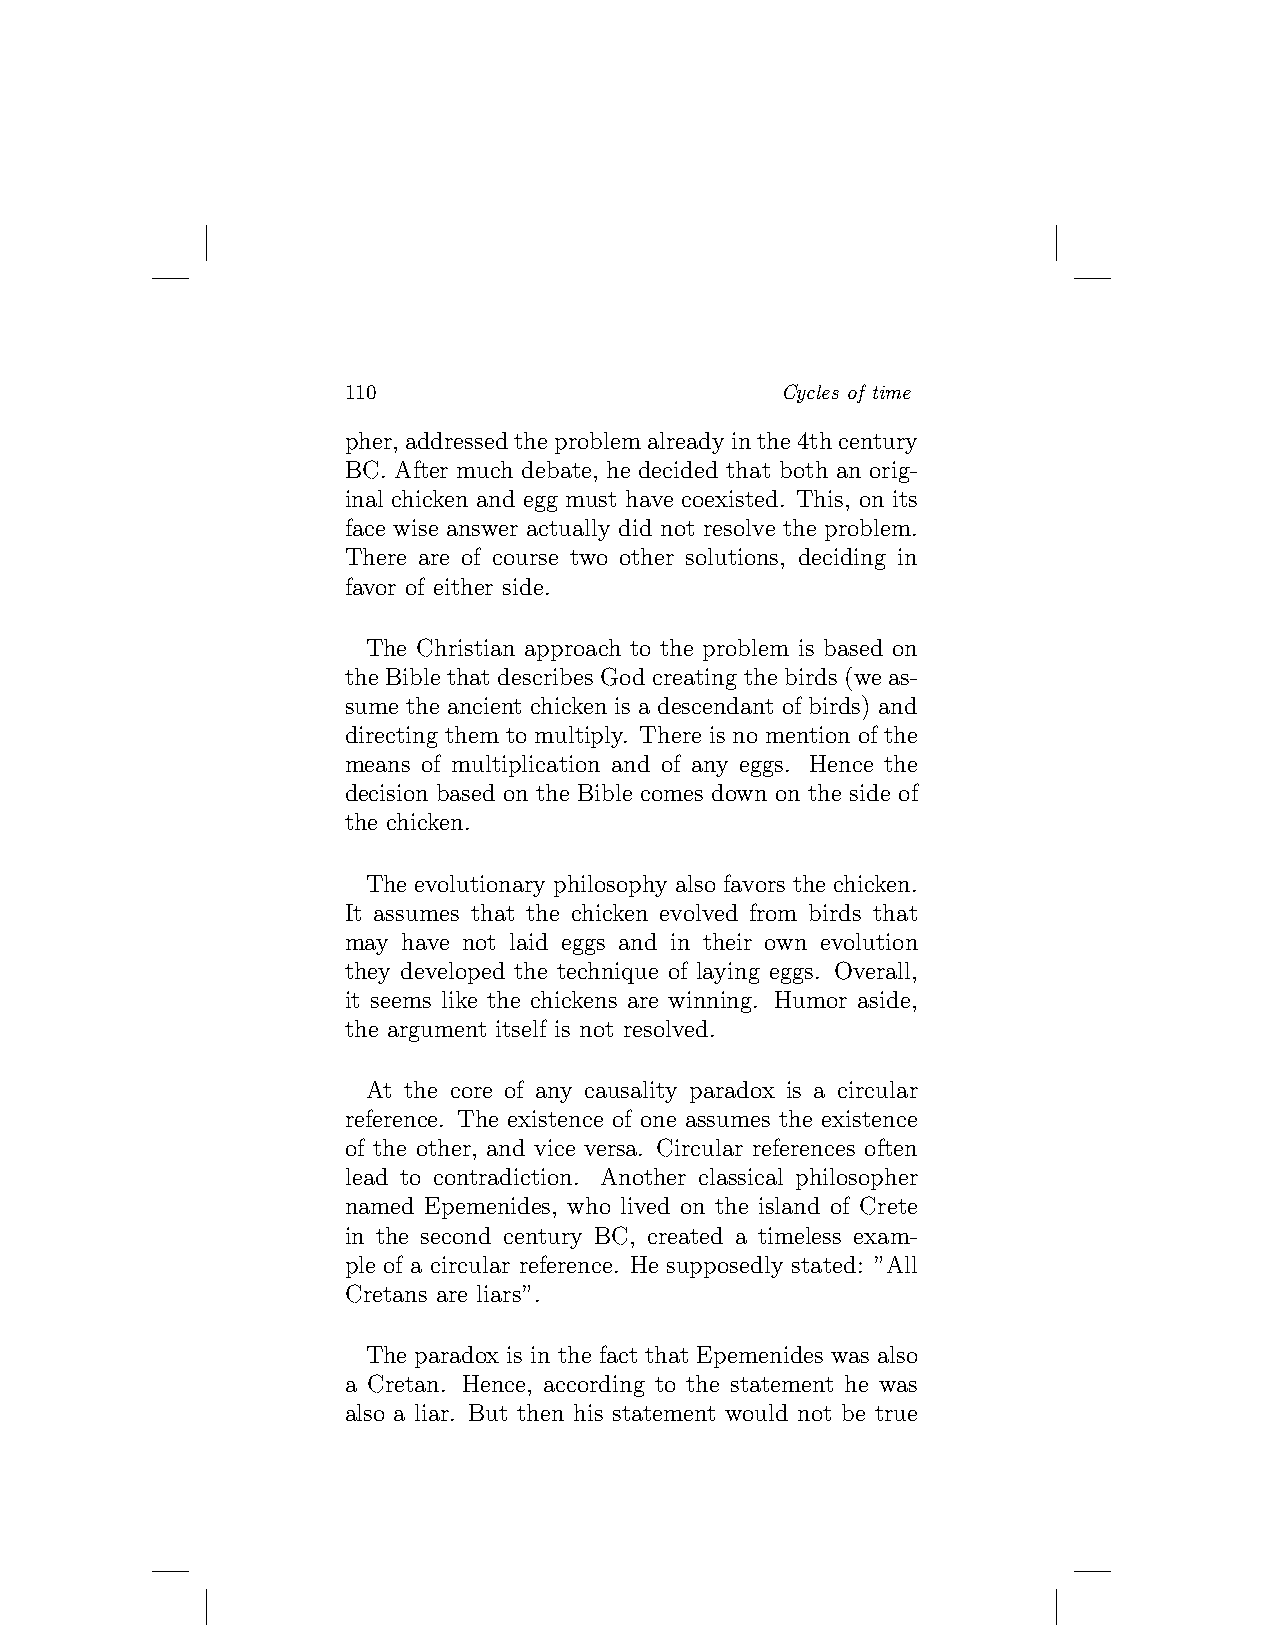
110                          Cycles of time
 pher, addressedtheproblemalreadyinthe4thcentury
 BC. After much debate, he decided that both an orig-
 inal chicken and egg must have coexisted. This, on its
 face wise answer actually did not resolve the problem.
 There are of course two other solutions, deciding in
 favor of either side.
 The Christian approach to the problem is based on
 the Bible that describes God creating the birds (we as-
 sume the ancient chicken is a descendant of birds) and
 directing them to multiply. There is no mention of the
 means of multiplication and of any eggs. Hence the
 decision based on the Bible comes down on the side of
 the chicken.
 The evolutionary philosophy also favors the chicken.
 It assumes that the chicken evolved from birds that
 may have not laid eggs and in their own evolution
 they developed the technique of laying eggs. Overall,
 it seems like the chickens are winning. Humor aside,
 the argument itself is not resolved.
 At the core of any causality paradox is a circular
 reference. The existence of one assumes the existence
 of the other, and vice versa. Circular references often
 lead to contradiction. Another classical philosopher
 named Epemenides, who lived on the island of Crete
 in the second century BC, created a timeless exam-
 ple of a circular reference. He supposedly stated: ”All
 Cretans are liars”.
 The paradox is in the fact that Epemenides was also
 a Cretan. Hence, according to the statement he was
 also a liar. But then his statement would not be true